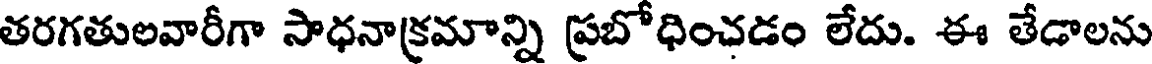
తరగతులవారీగా సాధనాక్రమాన్ని ప్రబోధించడం లేదు. ఈ తేడాలను